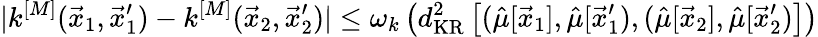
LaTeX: |k^{[M]}(\vec{x}_{1},\vec{x}_{1}^{\prime})-k^{[M]}(\vec{x}_{2},\vec{x}_{2}^{\prime})|\leq\omega_{k}\left(d_{\mathrm{KR}}^{2}\left[(\hat{\mu}[\vec{x}_{1}],\hat{\mu}[\vec{x}_{1}^{\prime}),(\hat{\mu}[\vec{x}_{2}],\hat{\mu}[\vec{x}_{2}^{\prime})\right]\right)